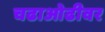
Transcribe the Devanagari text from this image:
चढाओढीवर